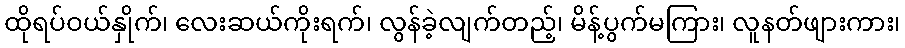
ထိုရပ်ဝယ်နှိုက်၊ လေးဆယ်ကိုးရက်၊ လွန်ခဲ့လျက်တည့်၊ မိန့်ပွက်မကြား၊ လူနတ်ဖျားကား၊